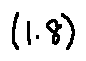
( 1 . 8 )